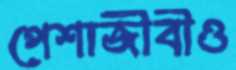
পেশাজীবীও